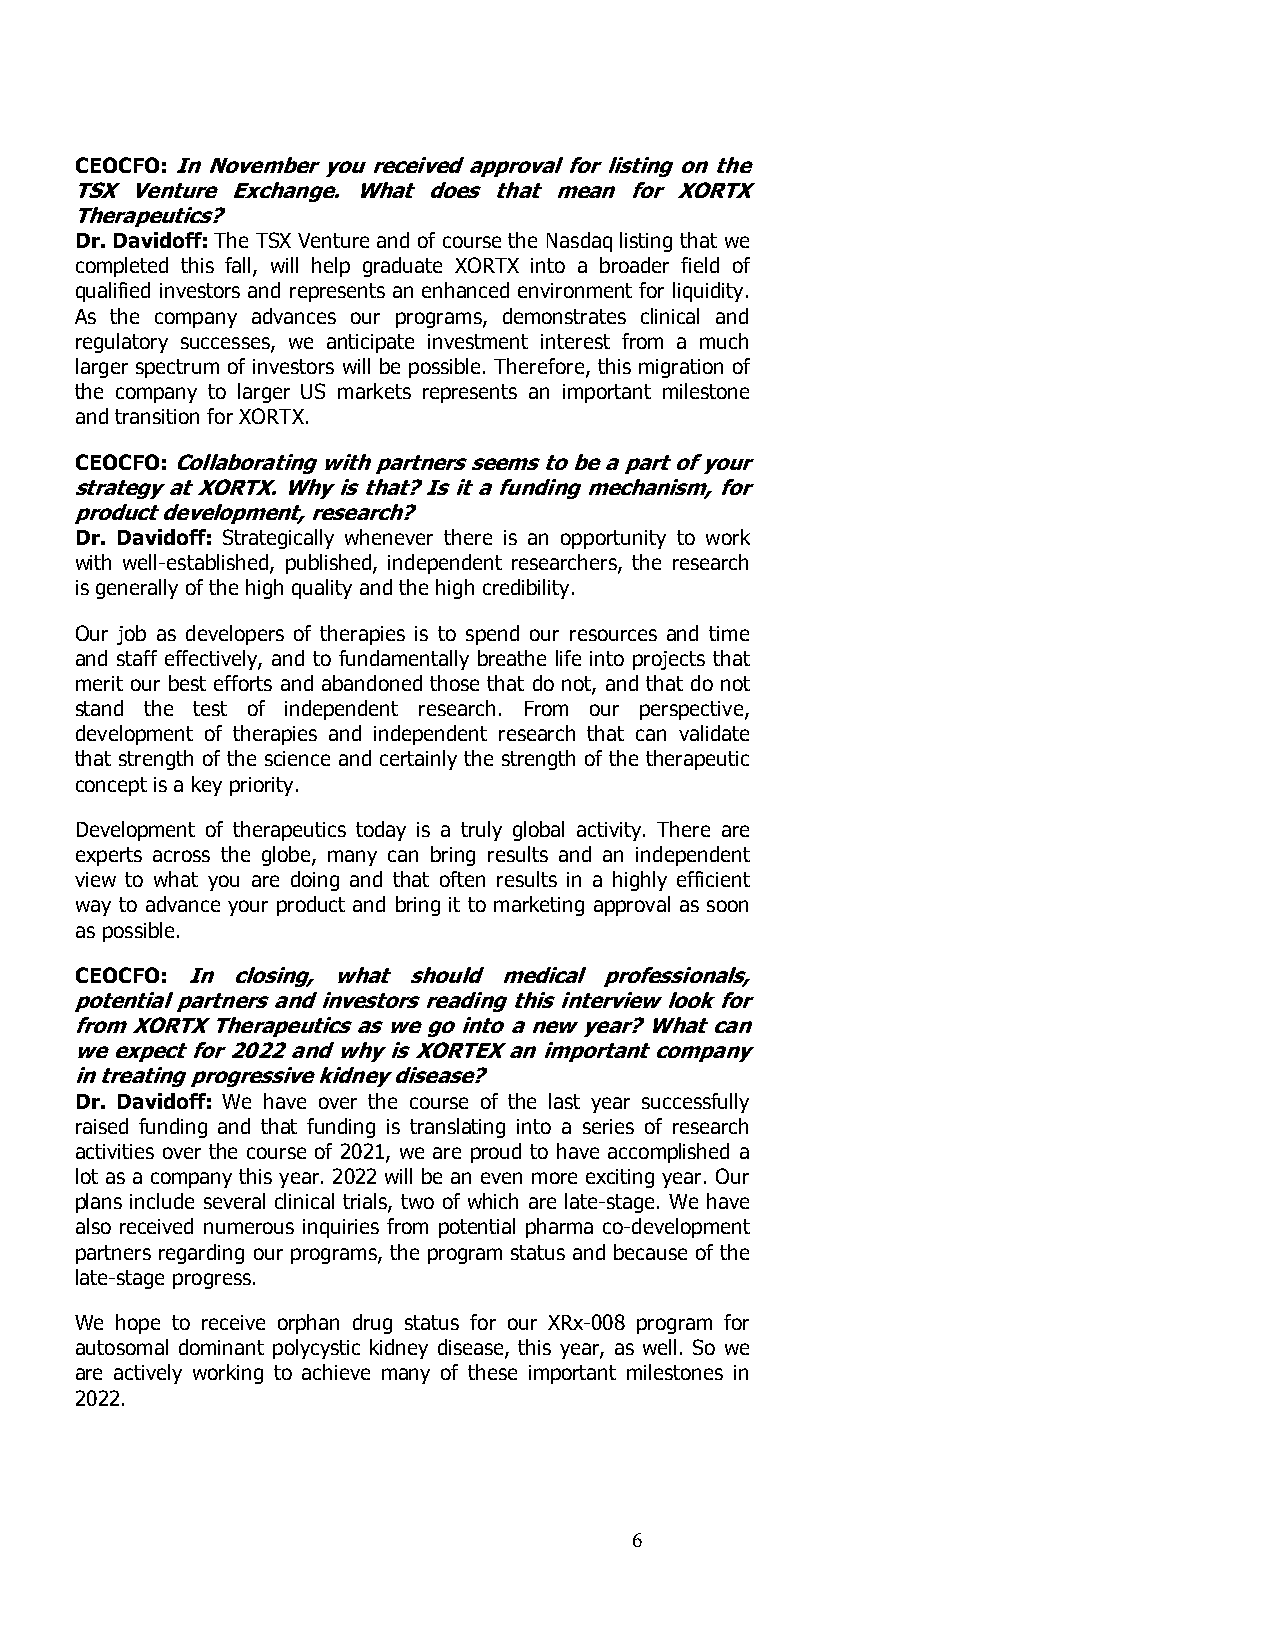
CEOCFO: In November you received approval for listing on the
 TSX Venture Exchange. What does that mean for XORTX
 Therapeutics?
 Dr. Davidoff: The TSX Venture and of course the Nasdaq listing that we
 completed this fall, will help graduate XORTX into a broader field of
 qualified investors and represents an enhanced environment for liquidity.
 As the company advances our programs, demonstrates clinical and
 regulatory successes, we anticipate investment interest from a much
 larger spectrum of investors will be possible. Therefore, this migration of
 the company to larger US markets represents an important milestone
 and transition for XORTX.
 CEOCFO:Collaborating with partners seems to be a part of your
 strategy at XORTX. Why is that? Is it a funding mechanism, for
 product development, research?
 Dr. Davidoff: Strategically whenever there is an opportunity to work
 with well-established, published, independent researchers, the research
 is generally of the high quality and the high credibility.
 Our job as developers of therapies is to spend our resources and time
 and staff effectively, and to fundamentally breathe life into projects that
 merit our best efforts and abandoned those that do not, and that do not
 stand the test of independent research. From our perspective,
 development of therapies and independent research that can validate
 that strength of the science and certainly the strength of the therapeutic
 concept is a key priority.
 Development of therapeutics today is a truly global activity. There are
 experts across the globe, many can bring results and an independent
 view to what you are doing and that often results in a highly efficient
 way to advance your product and bring it to marketing approval as soon
 as possible.
 CEOCFO: In closing, what should medical professionals,
 potential partners and investors reading this interview look for
 from XORTX Therapeutics as we go into a new year? What can
 we expect for 2022 and why is XORTEX an important company
 in treating progressive kidney disease?
 Dr. Davidoff: We have over the course of the last year successfully
 raised funding and that funding is translating into a series of research
 activities over the course of 2021, we are proud to have accomplished a
 lot as a company this year. 2022 will be an even more exciting year. Our
 plans include several clinical trials, two of which are late-stage. We have
 also received numerous inquiries from potential pharma co-development
 partners regarding our programs, the program status and because of the
 late-stage progress.
 We hope to receive orphan drug status for our XRx-008 program for
 autosomal dominant polycystic kidney disease, this year, as well. So we
 are actively working to achieve many of these important milestones in
 2022.
 6